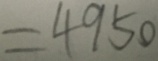
= 4 9 5 0